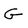
Character: G